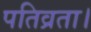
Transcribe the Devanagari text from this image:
पतिव्रता।